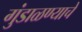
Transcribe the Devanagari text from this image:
गुंडाळण्याचे